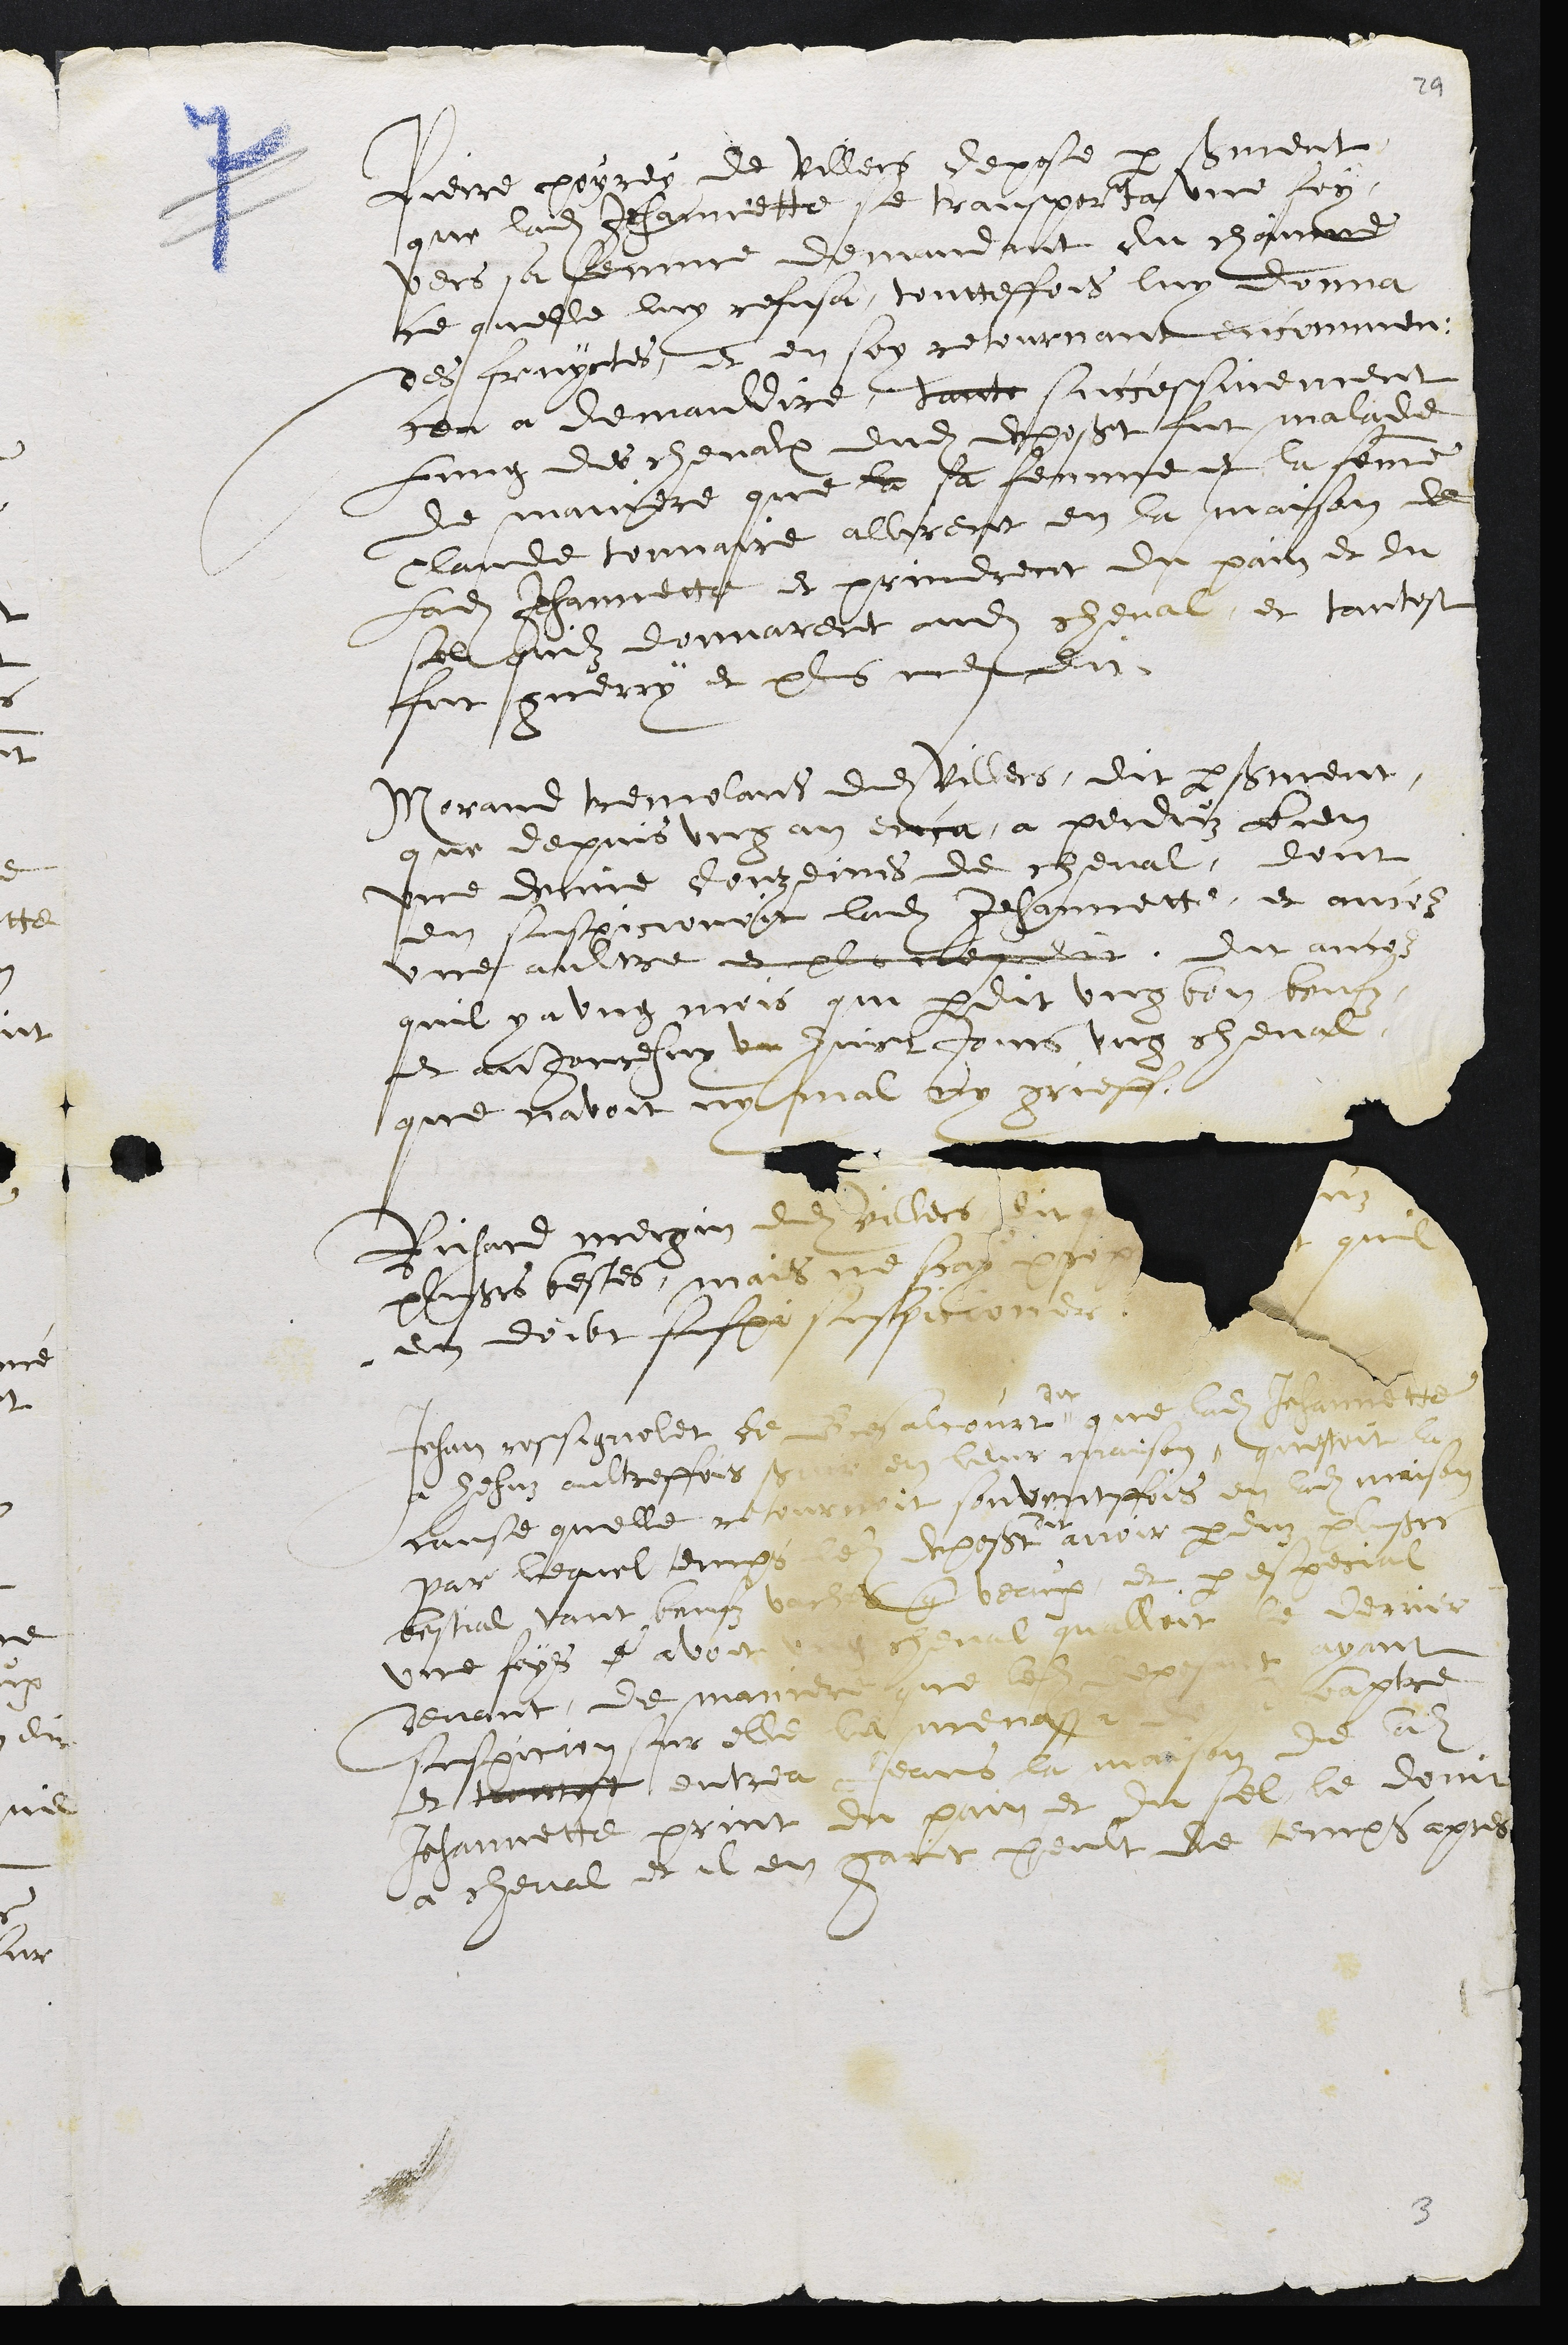
fierre poyrey de Villers depose par sement
que ladite Jehannette se transporta une fon
vers sa femme demandant du chamnne
ce quelle luy refusa, toutteffois luy donna
des fruyctes, et en son retournant encommen-
ceu a demaudire, danec suncessivement
Lung des chevalx dudit deposant fut malade
de mangere que la sa femme et la femme
laude tonnatre allirent en la maison de
Ladite Jhannette et prindrent du pail et du
sol quil donnarent audit cheval, et tantost
fut guerry et plus mesdi
Norand tremolant dudit Villers, dit par sment,
que depuis ung an euja a pendrz bien
une denie douzeines de cheval, dont
en suspicionoit ladite Jehannette, et ances
une aultre ee plus ilemaint, dit ancos
quil y a ung mois qui perdit ung bon beufz
il aujourhuy ve juict jours ung cheval,
que cavoit ny fal ny grieff
Risie mergin de eatet Su su
plsus testes, mais ne scad crr  quil
en doibt fuspé suspecconer
du
que ladite Jehannette
J hehis aultreffois  en leur maison, questoit la
cause quelle retournoit souventpfois en adit maison
du
avoir perduz plusieurs
fisuel ant hanf ver Ebeaux et pespecial
une feps e avoit 9 ceval quilloit le derrir
devant de marner que ledite exjut vans
suspicion sur elle la menage aptre
et tromet entrea Jeans la maison de la
Jehannette print du pain et iu sel le donne
a cheval et il en garit peult de temps apres